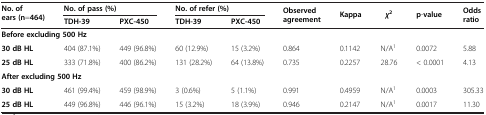
| <ROWSPAN=2> No. of ears (n=464) | <COLSPAN=2> No. of pass (%) | <COLSPAN=2> No. of refer (%) | <ROWSPAN=2> Observed agreement | <ROWSPAN=2> Kappa | <ROWSPAN=2> χ2 | <ROWSPAN=2> p-value | <ROWSPAN=2> Odds ratio |
 | TDH-39 | PXC-450 | TDH-39 | PXC-450 |
 | --- | --- | --- | --- | --- | --- | --- | --- | --- | --- |
 | <COLSPAN=10> Before excluding 500 Hz |
 | 30 dB HL | 404 (87.1%) | 449 (96.8%) | 60 (12.9%) | 15 (3.2%) | 0.864 | 0.1142 | N/A1 | 0.0072 | 5.88 |
 | 25 dB HL | 333 (71.8%) | 400 (86.2%) | 131 (28.2%) | 64 (13.8%) | 0.735 | 0.2257 | 28.76 | < 0.0001 | 4.13 |
 | <COLSPAN=10> After excluding 500 Hz |
 | 30 dB HL | 461 (99.4%) | 459 (98.9%) | 3 (0.6%) | 5 (1.1%) | 0.991 | 0.4959 | N/A1 | 0.0003 | 305.33 |
 | 25 dB HL | 449 (96.8%) | 446 (96.1%) | 15 (3.2%) | 18 (3.9%) | 0.946 | 0.2147 | N/A1 | 0.0017 | 11.30 |